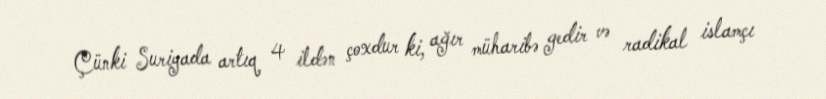
Çünki Suriyada artıq 4 ildən çoxdur ki, ağır müharibə gedir və radikal islamçı